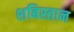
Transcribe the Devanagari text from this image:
शबिस्तान